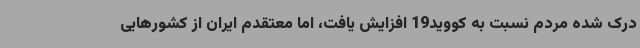
درک شده مردم نسبت به کووید19 افزایش یافت، اما معتقدم ایران از کشورهایی